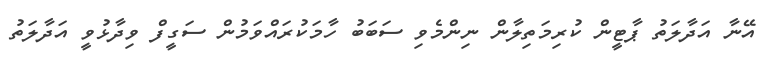
އޭނާ އަދާލަތު ޕާޓީން ކުރިމަތިލާން ނިންމެވި ސަބަބު ހާމަކުރައްވަމުން ސަގީފް ވިދާޅުވީ އަދާލަތު